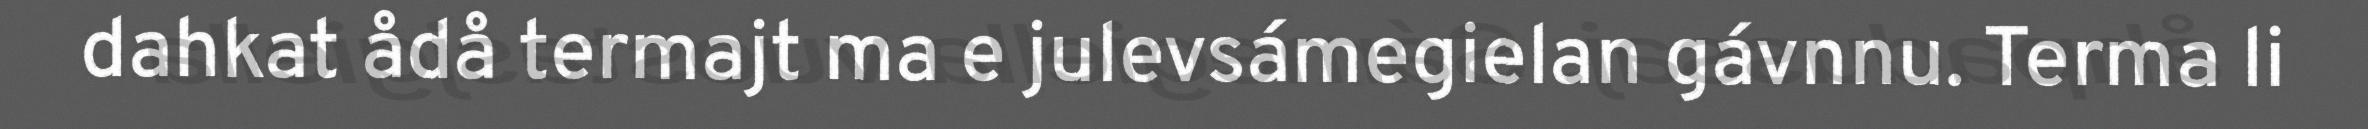
dahkat ådå termajt ma e julevsámegielan gávnnu. Terma li